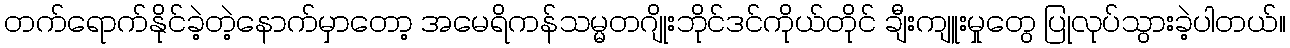
တက်ရောက်နိုင်ခဲ့တဲ့နောက်မှာတော့ အမေရိကန်သမ္မတဂျိုးဘိုင်ဒင်ကိုယ်တိုင် ချီးကျူးမှုတွေ ပြုလုပ်သွားခဲ့ပါတယ်။